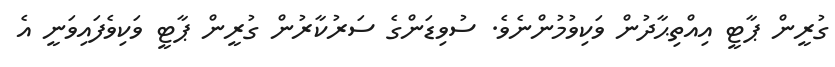
ގުރީން ޕާޓީ އިއްތިޙާދުން ވަކިވުމުންނެވެ. ސުވިޑަންގެ ސަރުކާރުން ގުރީން ޕާޓީ ވަކިވެފައިވަނީ އެ